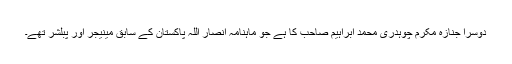
دوسرا جنازہ مکرم چوہدری محمد ابراہیم صاحب کا ہے جو ماہنامہ انصار اللہ پاکستان کے سابق مینیجر اور پبلشر تھے۔